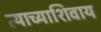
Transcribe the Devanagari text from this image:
त्याच्याशिवाय